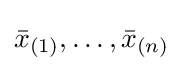
{\bar {x}}_{(1)},\ldots ,{\bar {x}}_{(n)}